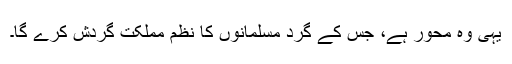
یہی وہ محور ہے، جس کے گرد مسلمانوں کا نظمِ مملکت گردش کرے گا۔